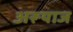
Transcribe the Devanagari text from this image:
अरूयाज